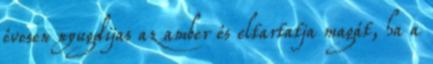
évesen nyugdijas az amber és eltartatja magát, ha a